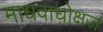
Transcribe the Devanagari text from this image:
माधवाधोक्षज